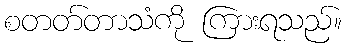
စတတ်တာသံကို ကြားရသည်။